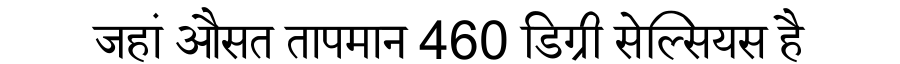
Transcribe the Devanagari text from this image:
जहां औसत तापमान 460 डिग्री सेल्सियस है